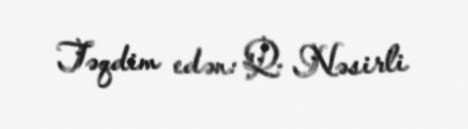
Təqdim edən: Q. Nəsirli